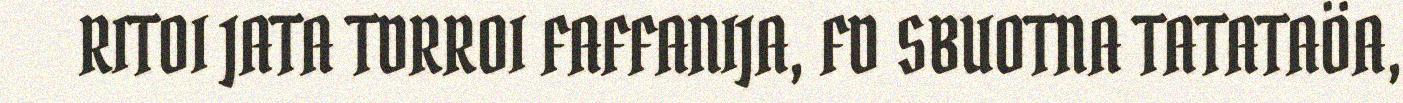
RITOI JATA TDRROI FAFFANIJA, FD SBUOTNA TATATAÖA,